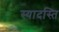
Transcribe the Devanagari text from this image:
स्यादस्ति